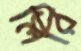
লিরি